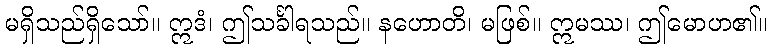
မရှိသည်ရှိသော်။ ဣဒံ၊ ဤသင်္ခါရသည်။ နဟောတိ၊ မဖြစ်။ ဣမဿ၊ ဤမောဟ၏။